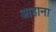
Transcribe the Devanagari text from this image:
आहाना